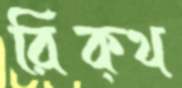
রিক্‌থ